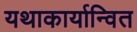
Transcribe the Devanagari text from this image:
यथाकार्यान्वित